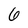
Character: 6